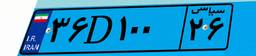
۳۶D۱۰۰۲۶